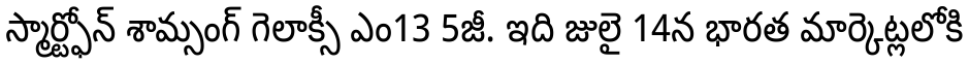
స్మార్ట్ఫోన్ శామ్సంగ్ గెలాక్సీ ఎం13 5జీ. ఇది జులై 14న భారత మార్కెట్లలోకి